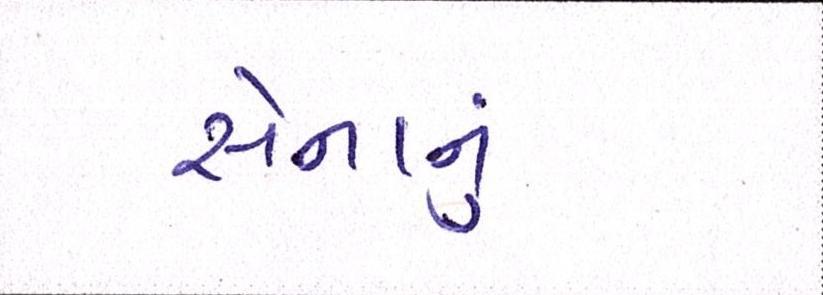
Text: સેનાનું